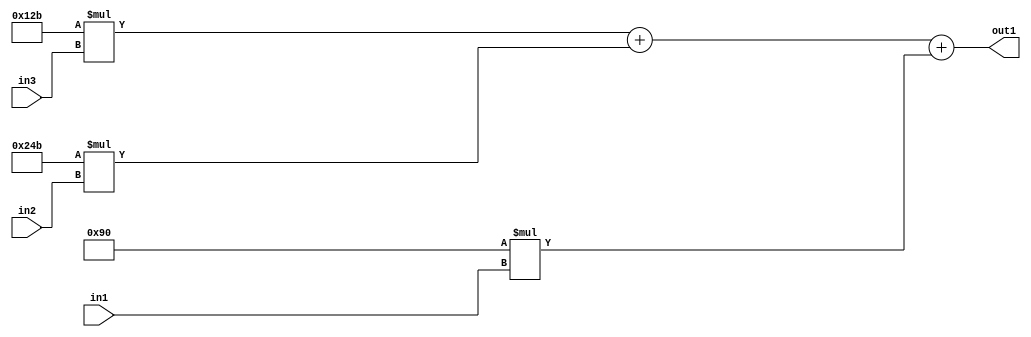
`timescale 1ps / 1ps
/*****************************************************************************
    Verilog RTL Description
    
    
    Created by: Stratus DpOpt 2019.1.01 
*******************************************************************************/

module SobelFilter_Add3Mul2i144u8Mul2iLLu8Mul2i299u8_4 (
	in3,
	in2,
	in1,
	out1
	); /* architecture "behavioural" */ 
input [7:0] in3,
	in2,
	in1;
output [18:0] out1;
wire [18:0] asc001;

wire [18:0] asc001_tmp_0;
wire [18:0] asc001_tmp_1;
assign asc001_tmp_1 = 
	+(19'B0000000000100101011 * in3);
assign asc001_tmp_0 = asc001_tmp_1
	+(19'B0000000001001001011 * in2);
assign asc001 = asc001_tmp_0
	+(19'B0000000000010010000 * in1);

assign out1 = asc001;
endmodule

/* CADENCE  v7b4SQA= : u9/ySgnWtBlWxVPRXgAZ4Og= ** DO NOT EDIT THIS LINE ******/